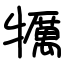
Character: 犡